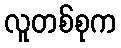
လူတစ်စုက